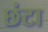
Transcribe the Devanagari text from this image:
छंटा